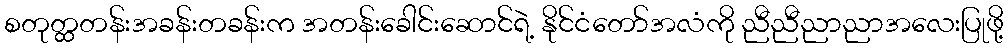
စတုတ္ထတန်းအခန်းတခန်းက အတန်းခေါင်းဆောင်ရဲ့ နိုင်ငံတော်အလံကို ညီညီညာညာအလေးပြုဖို့